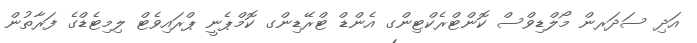
އަދި ސަދަރން މޯލްޑިވްސް ކޮންޓްރެކްޓިންގ އެންޑް ޓްރޭޑިންގ ކޮމްޕެނީ ޕްރައިވެޓް ލިމިޓެޑްގެ ފަރާތުން